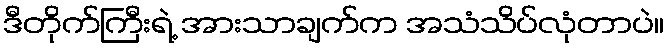
ဒီတိုက်ကြီးရဲ့ အားသာချက်က အသံသိပ်လုံတာပဲ။